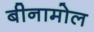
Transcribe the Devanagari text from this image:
बीनामोल